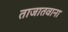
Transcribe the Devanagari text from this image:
ताजातवाना